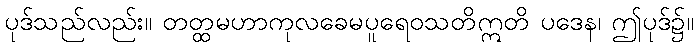
ပုဒ်သည်လည်း။ တတ္ထမဟာကုလခေမပူရေဝသတိဣတိ ပဒေန၊ ဤပုဒ်၌။